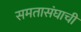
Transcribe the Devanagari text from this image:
समतासंघाची